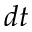
d t